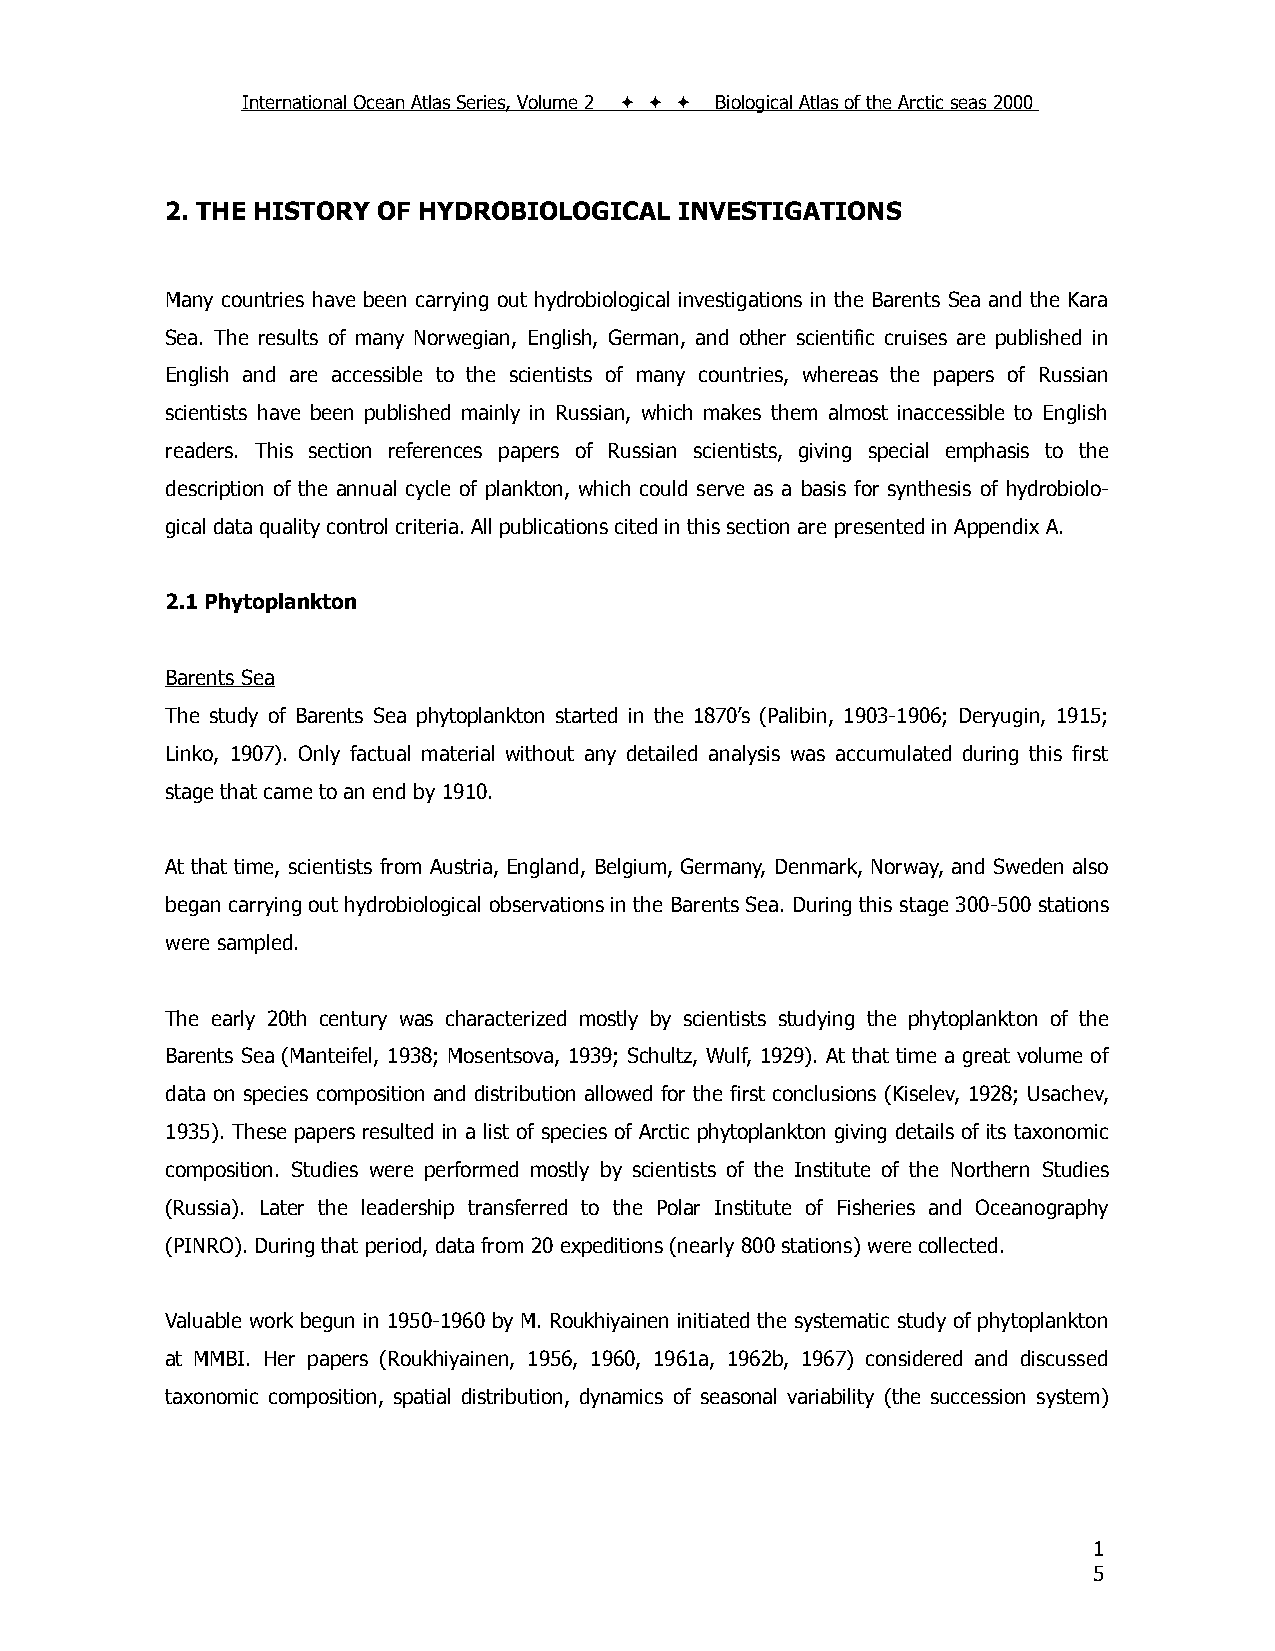
International Ocean Atlas Series, Volume 2    Biological Atlas of the Arctic seas 2000
 2. THE HISTORY OF HYDROBIOLOGICAL INVESTIGATIONS
 Many countries have been carrying out hydrobiological investigations in the Barents Sea and the Kara
 Sea. The results of many Norwegian, English, German, and other scientific cruises are published in
 English and are accessible to the scientists of many countries, whereas the papers of Russian
 scientists have been published mainly in Russian, which makes them almost inaccessible to English
 readers. This section references papers of Russian scientists, giving special emphasis to the
 description of the annual cycle of plankton, which could serve as a basis for synthesis of hydrobiolo-
 gical data quality control criteria. All publications cited in this section are presented in Appendix A.
 2.1 Phytoplankton
 Barents Sea
 The study of Barents Sea phytoplankton started in the 1870’s (Palibin, 1903-1906; Deryugin, 1915;
 Linko, 1907). Only factual material without any detailed analysis was accumulated during this first
 stage that came to an end by 1910.
 At that time, scientists from Austria, England, Belgium, Germany, Denmark, Norway, and Sweden also
 began carrying out hydrobiological observations in the Barents Sea. During this stage 300-500 stations
 were sampled.
 The early 20th century was characterized mostly by scientists studying the phytoplankton of the
 Barents Sea (Manteifel, 1938; Mosentsova, 1939; Schultz, Wulf, 1929). At that time a great volume of
 data on species composition and distribution allowed for the first conclusions (Kiselev, 1928; Usachev,
 1935). These papers resulted in a list of species of Arctic phytoplankton giving details of its taxonomic
 composition. Studies were performed mostly by scientists of the Institute of the Northern Studies
 (Russia). Later the leadership transferred to the Polar Institute of Fisheries and Oceanography
 (PINRO). During that period, data from 20 expeditions (nearly 800 stations) were collected.
 Valuable work begun in 1950-1960 by M. Roukhiyainen initiated the systematic study of phytoplankton
 at MMBI. Her papers (Roukhiyainen, 1956, 1960, 1961a, 1962b, 1967) considered and discussed
 taxonomic composition, spatial distribution, dynamics of seasonal variability (the succession system)
 1
 5